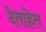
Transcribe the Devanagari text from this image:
देताहेत